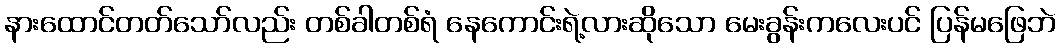
နားထောင်တတ်သော်လည်း တစ်ခါတစ်ရံ နေကောင်းရဲ့လားဆိုသော မေးခွန်းကလေးပင် ပြန်မဖြေဘဲ